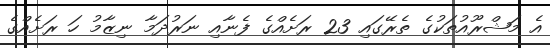
އެ މަޝްރޫއުތަކުގެ ތެރޭގައި 23 ރަށެއްގެ ފެނާއި ނަރުދަމާ ނިޒާމު ހަ ރަށެއްގެ